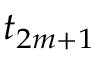
t _ { 2 m + 1 }